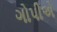
ગોપીએ